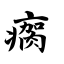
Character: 瘸